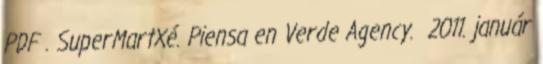
PDF . SuperMartXé. Piensa en Verde Agency. 2011. január